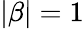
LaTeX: |\beta|=1